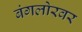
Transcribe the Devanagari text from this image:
बंगलोरवर